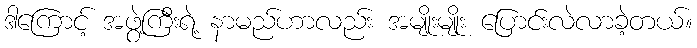
ဒါကြောင့် အဖွဲ့ကြီးရဲ့ နာမည်ဟာလည်း အမျိုးမျိုး ပြောင်းလဲလာခဲ့တယ်။